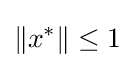
\left\|x^{*}\right\|\leq 1